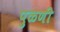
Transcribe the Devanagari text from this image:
पुळणी